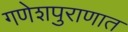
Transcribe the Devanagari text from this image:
गणेशपुराणात